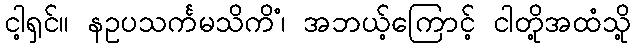
ငါ့ရှင်။ နဥပသင်္ကမသိကိံ၊ အဘယ့်ကြောင့် ငါတို့အထံသို့